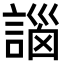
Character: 𧩣